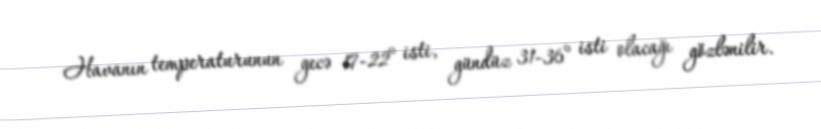
Havanın temperaturunun gecə 17-22° isti, gündüz 31-36° isti olacağı gözlənilir.